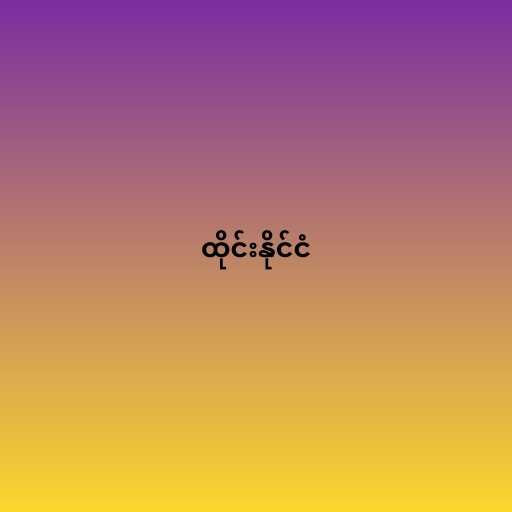
ထိုင်းနိုင်ငံ